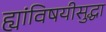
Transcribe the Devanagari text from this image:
ह्यांविषयीसुद्धा